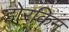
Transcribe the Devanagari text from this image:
डोरकिन